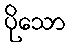
ပိုသော